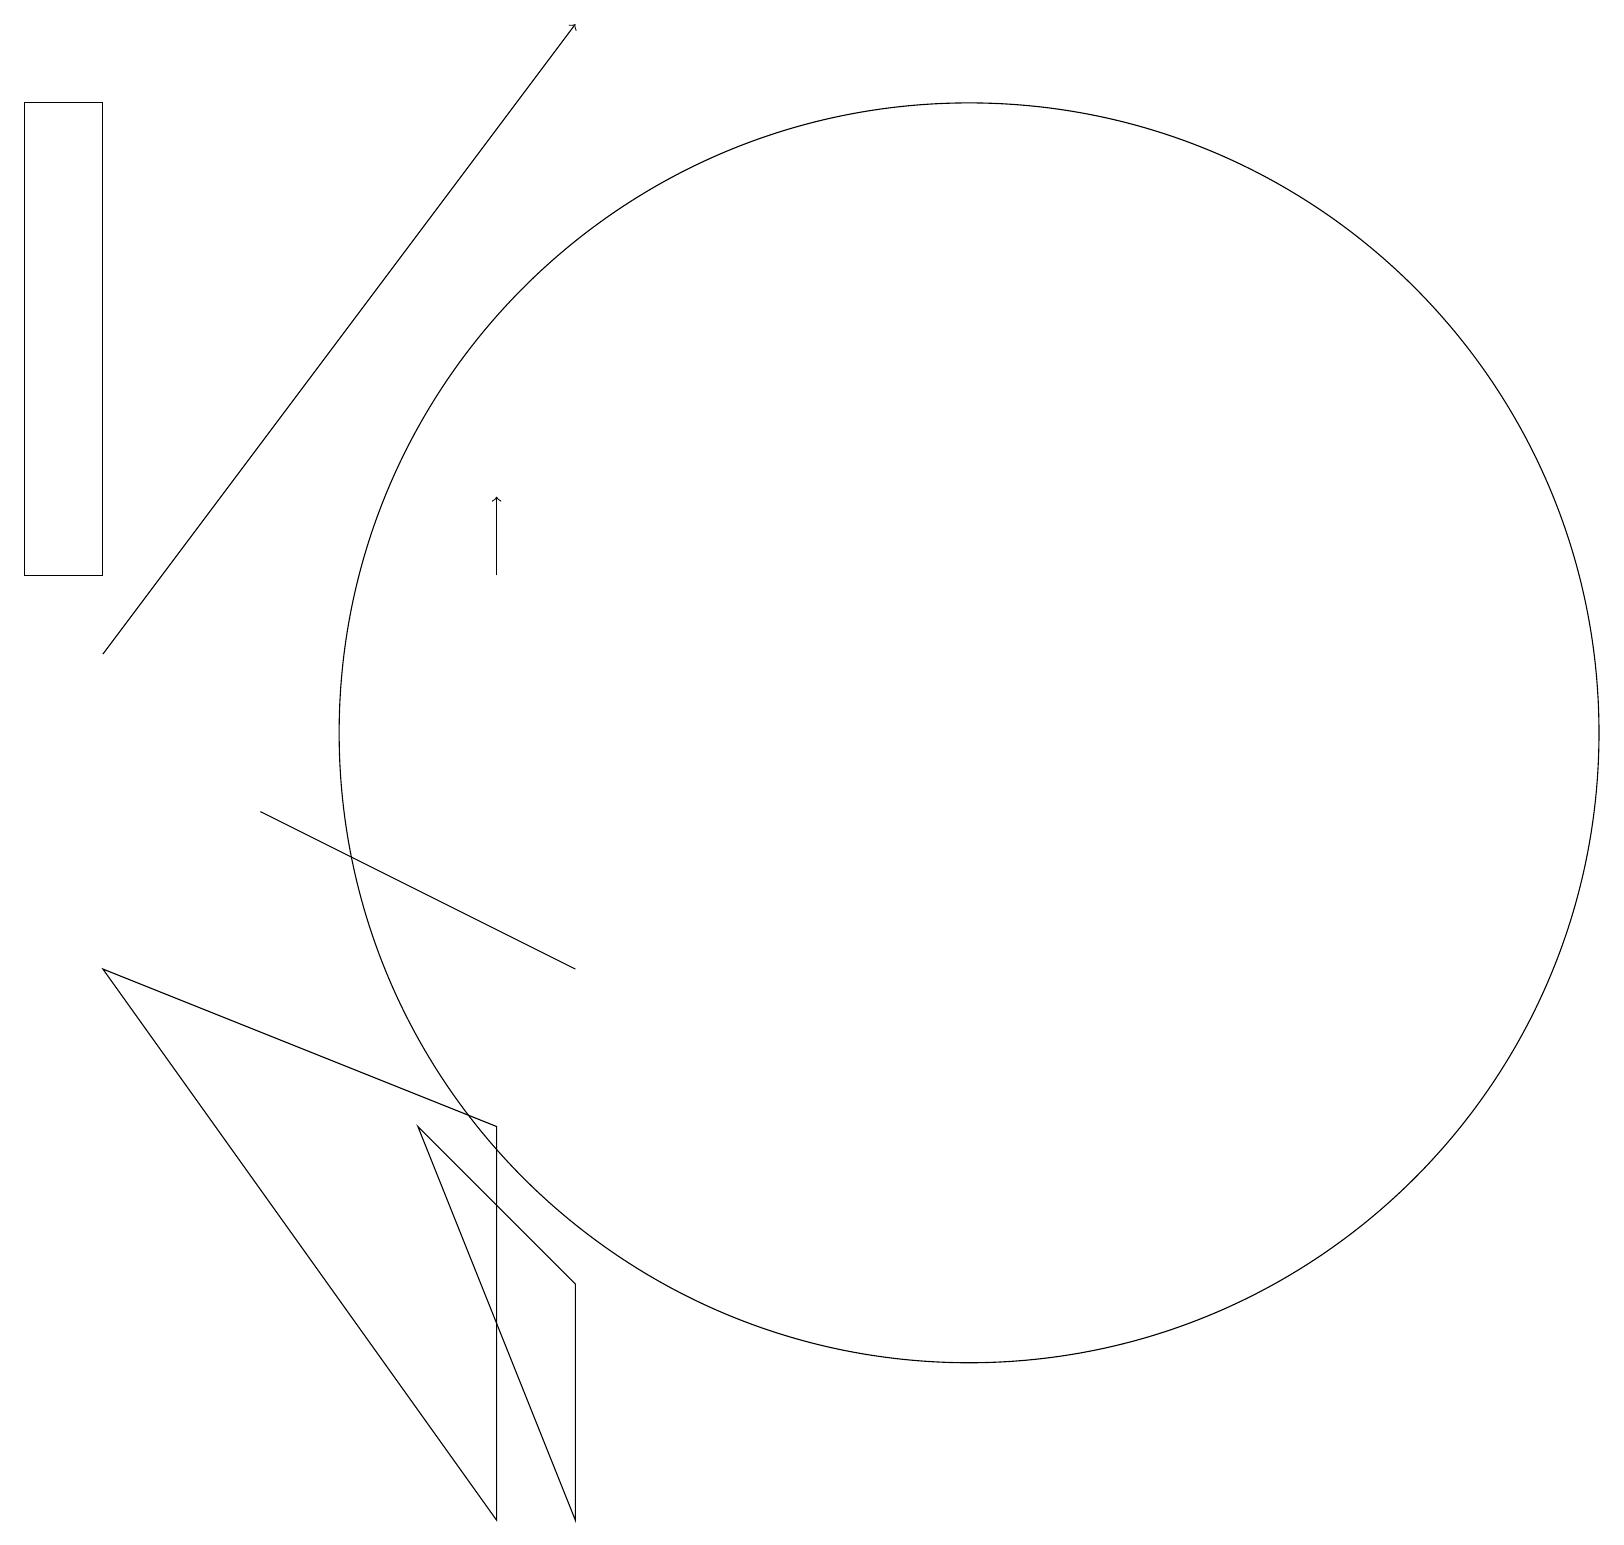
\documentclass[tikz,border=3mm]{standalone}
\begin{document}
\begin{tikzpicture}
\draw (7,7) -- (3,9) -- (5,8) -- cycle;
\draw[->] (6,12) -- (6,13);
\draw[->] (1,11) -- (7,19);
\draw (7,3) -- (7,0) -- (5,5) -- cycle;
\draw (12,10) circle (8);
\draw (1,7) -- (6,0) -- (6,5) -- cycle;
\draw (0,18) rectangle (1,12);
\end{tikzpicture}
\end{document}